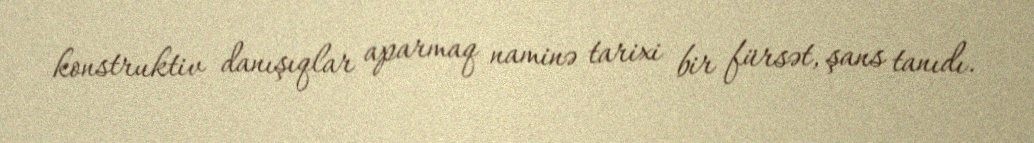
konstruktiv danışıqlar aparmaq naminə tarixi bir fürsət, şans tanıdı.